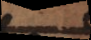
e